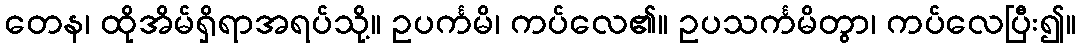
တေန၊ ထိုအိမ်ရှိရာအရပ်သို့။ ဥပင်္ကမိ၊ ကပ်လေ၏။ ဥပသင်္ကမိတွာ၊ ကပ်လေပြီး၍။